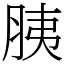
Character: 胰